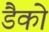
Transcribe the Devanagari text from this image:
डैको